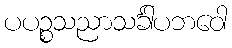
ပပဉ္စသညာသင်္ခါပဘဝေါ